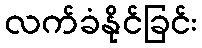
လက်ခံနိုင်ခြင်း